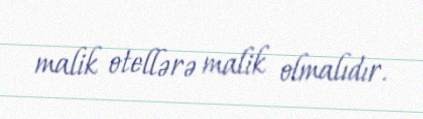
malik otellərə malik olmalıdır.